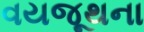
વયજૂથના